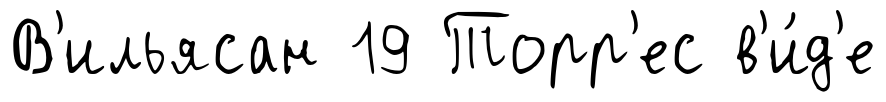
В'ильясан 19 Торр'ес в'и́д'е